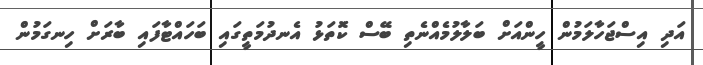
އަދި އިސްޖަހާލަމުން ހީންއަށް ބަލާލުމެއްނެތި ބޭސް ކޮަތަޅު އެނދުމަތީގައި ބަހައްޓާފައި ބާރަށް ހިނގަމުން